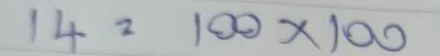
14 = 100 x 100